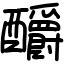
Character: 釂